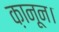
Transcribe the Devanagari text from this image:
क़ानून।